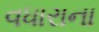
વધારાના